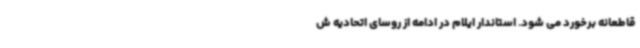
قاطعانه برخورد می شود. استاندار ایلام در ادامه از روسای اتحادیه ش